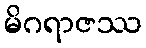
မိဂရာဇဿ